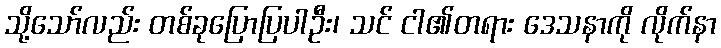
သို့သော်လည်း တစ်ခုပြောပြပါဦး၊ သင် ငါ၏တရား ဒေသနာကို လိုက်နာ